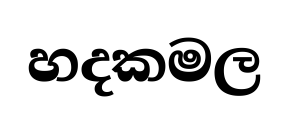
හදකමල